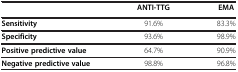
<table><thead><tr><td><b> </b></td><td><b>ANTI-TTG</b></td><td><b>EMA</b></td></tr></thead><tbody><tr><td><b>Sensitivity</b></td><td>91.6%</td><td>83.3%</td></tr><tr><td><b>Specificity</b></td><td>93.6%</td><td>98.9%</td></tr><tr><td><b>Positive predictive value</b></td><td>64.7%</td><td>90.9%</td></tr><tr><td><b>Negative predictive value</b></td><td>98.8%</td><td>96.8%</td></tr></tbody></table>